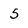
Character: 5